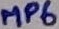
Text: MP6